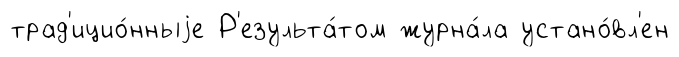
трад'ицио́нныjе Р'езульта́том журна́ла устано́вл'ен